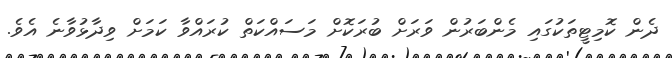
ދެން ކޮމިޓީތަކުގައި މެންބަރުން ވަރަށް ބުރަކޮށް މަސައްކަތް ކުރައްވާ ކަމަށް ވިދާޅުވާނެ އެވެ.